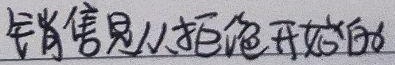
销售是从拒绝开始的